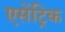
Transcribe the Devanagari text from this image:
एसेंट्रिक